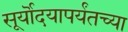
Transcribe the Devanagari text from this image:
सूर्यॊदयापर्यंतच्या